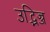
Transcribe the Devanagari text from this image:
उद्भिज्ज